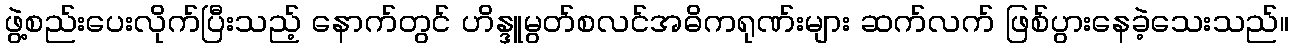
ဖွဲ့စည်းပေးလိုက်ပြီးသည့် နောက်တွင် ဟိန္ဒူမွတ်စလင်အဓိကရုဏ်းများ ဆက်လက် ဖြစ်ပွားနေခဲ့သေးသည်။